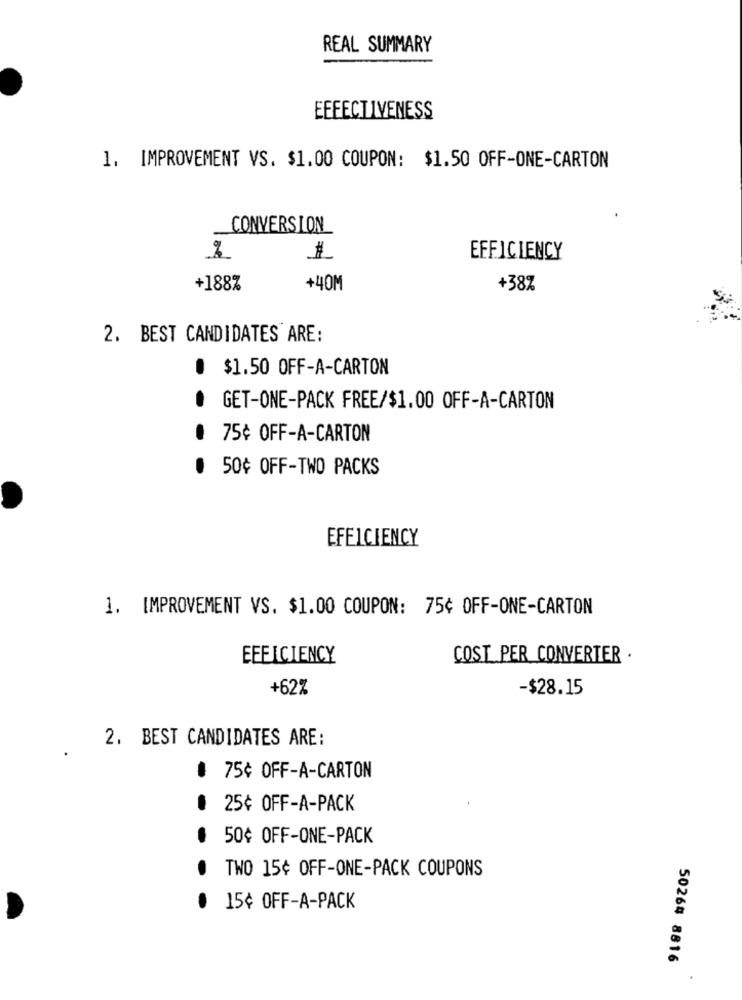
REAL SUMMARY
EFFECTIVENESS
1. IMPROVEMENT VS. $1.00 COUPON: $1.50 OFF-ONE-CARTON
CONVERSION
EFFICIENCY
+188%
+40M
+38%
2. BEST CANDIDATES ARE:
@ $1.50 OFF-A-CARTON
GET-ONE-PACK FREE/$1.00 OFF-A-CARTON
. 75¢ OFF-A-CARTON
50¢ OFF-TWO PACKS
EFFICIENCY
1. IMPROVEMENT VS. $1.00 COUPON: 75¢ OFF-ONE-CARTON
EFFICIENCY
COST PER CONVERTER .
+62%
-$28.15
2. BEST CANDIDATES ARE:
៛ 75¢ OFF-A-CARTON
@ 25¢ OFF-A-PACK
50¢ OFF-ONE-PACK
TWO 15¢ OFF-ONE-PACK COUPONS
15¢ OFF-A-PACK
50264 8816
.